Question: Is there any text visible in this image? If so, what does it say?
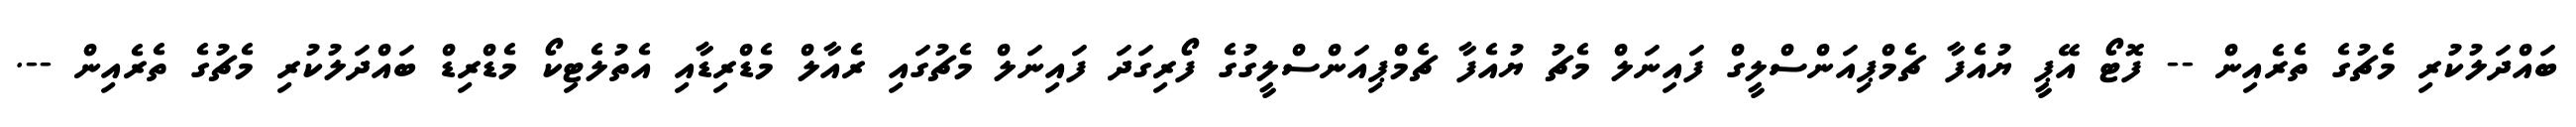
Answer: ބައްދަލުކުރި މެޗުގެ ތެރެއިން -- ފޮޓޯ އޭޕީ ޔުއެފާ ޗެމްޕިއަންސްލީގް ފައިނަލް މެޗު ޔުއެފާ ޗެމްޕިއަންސްލީގުގެ ފޯރިގަދަ ފައިނަލް މެޗުގައި ރެއާލް މެޑްރިޑާއި އެތުލެޓިކޯ މެޑްރިޑް ބައްދަލުކުރި މެޗުގެ ތެރެއިން --.